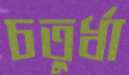
চতুর্ধা